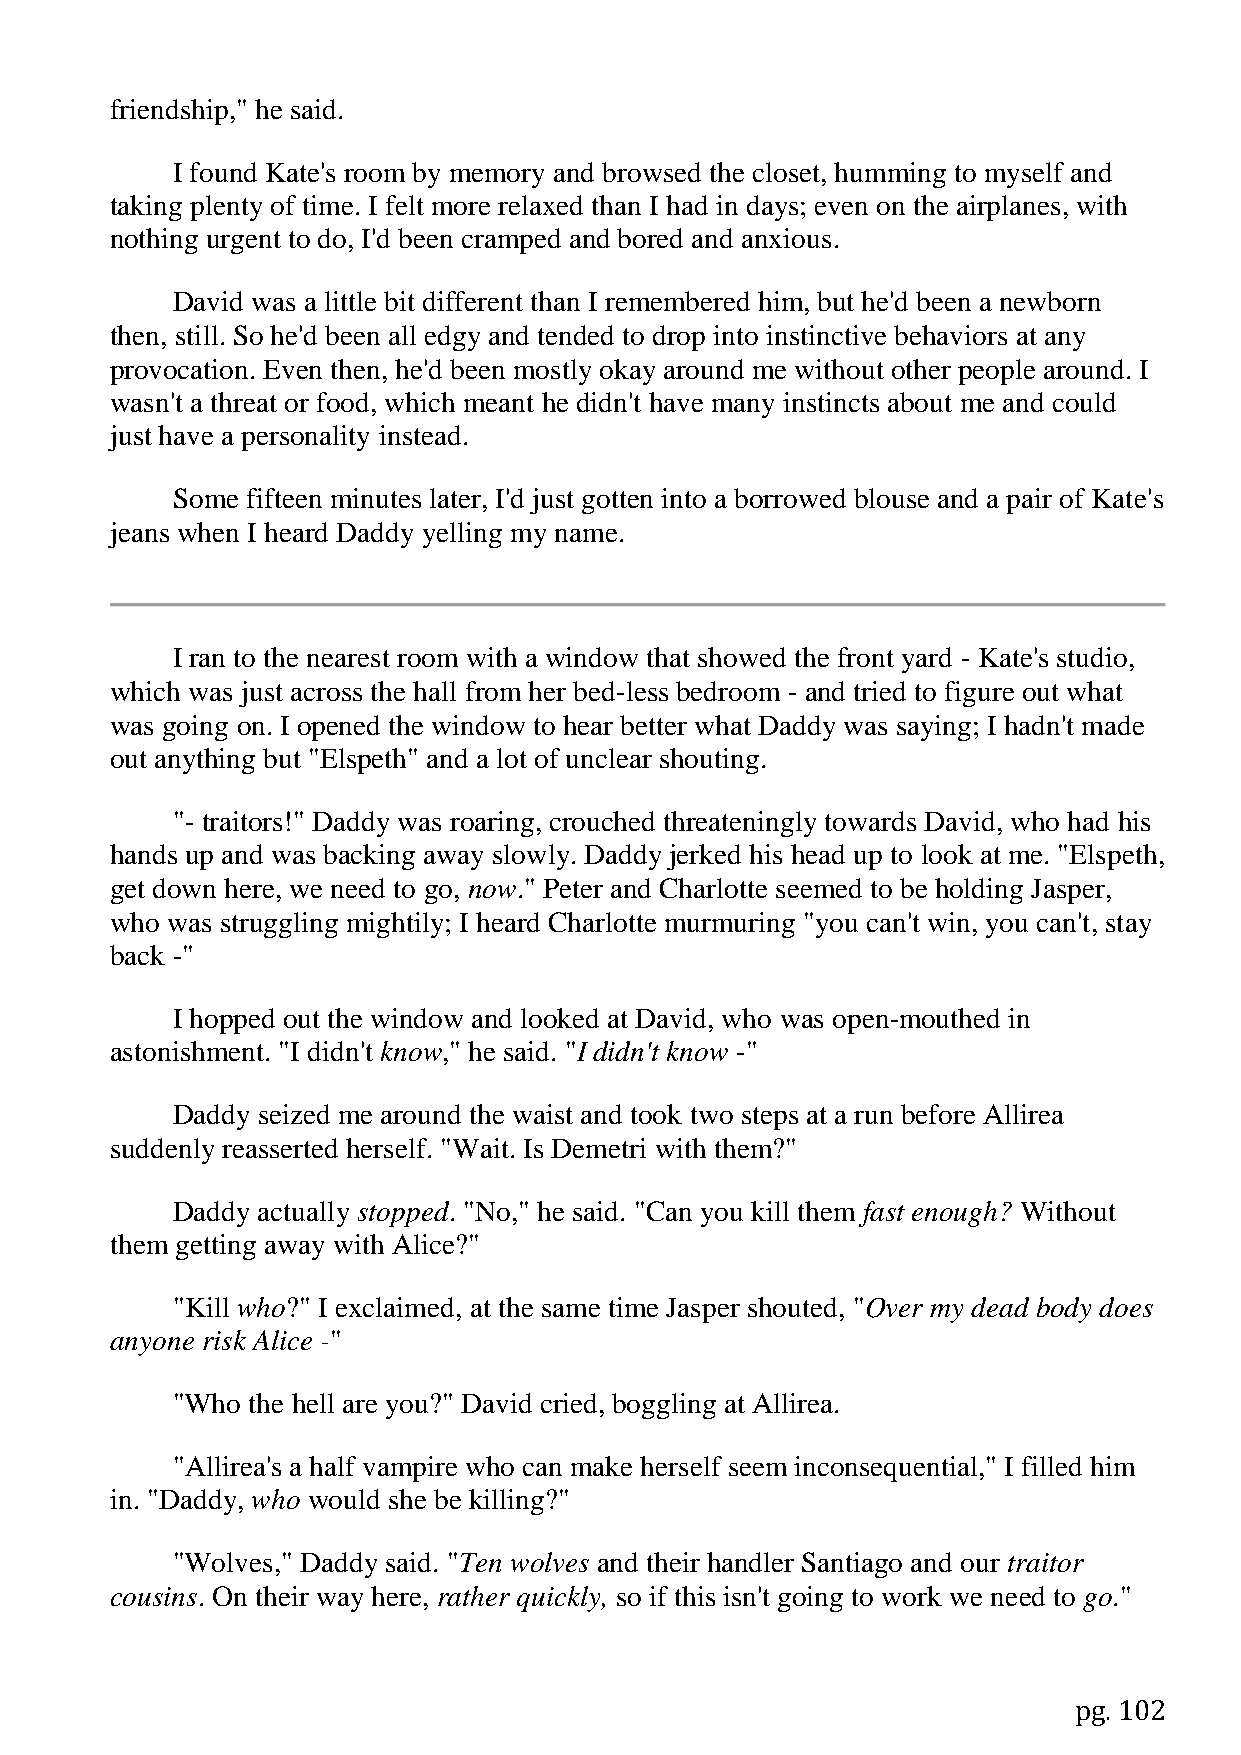
friendship," he said.
 I found Kate's room by memory and browsed the closet, humming to myself and
 taking plenty of time. I felt more relaxed than I had in days; even on the airplanes, with
 nothing urgent to do, I'd been cramped and bored and anxious.
 David was a little bit different than I remembered him, but he'd been a newborn
 then, still. So he'd been all edgy and tended to drop into instinctive behaviors at any
 provocation. Even then, he'd been mostly okay around me without other people around. I
 wasn't a threat or food, which meant he didn't have many instincts about me and could
 just have a personality instead.
 Some fifteen minutes later, I'd just gotten into a borrowed blouse and a pair of Kate's
 jeans when I heard Daddy yelling my name.
 I ran to the nearest room with a window that showed the front yard - Kate's studio,
 which was just across the hall from her bed-less bedroom - and tried to figure out what
 was going on. I opened the window to hear better what Daddy was saying; I hadn't made
 out anything but "Elspeth" and a lot of unclear shouting.
 "- traitors!" Daddy was roaring, crouched threateningly towards David, who had his
 hands up and was backing away slowly. Daddy jerked his head up to look at me. "Elspeth,
 get down here, we need to go, now." Peter and Charlotte seemed to be holding Jasper,
 who was struggling mightily; I heard Charlotte murmuring "you can't win, you can't, stay
 back -"
 I hopped out the window and looked at David, who was open-mouthed in
 astonishment. "I didn't know," he said. "I didn't know -"
 Daddy seized me around the waist and took two steps at a run before Allirea
 suddenly reasserted herself. "Wait. Is Demetri with them?"
 Daddy actually stopped. "No," he said. "Can you kill them fast enough? Without
 them getting away with Alice?"
 "Kill who?" I exclaimed, at the same time Jasper shouted, "Over my dead body does
 anyone risk Alice -"
 "Who the hell are you?" David cried, boggling at Allirea.
 "Allirea's a half vampire who can make herself seem inconsequential," I filled him
 in. "Daddy, who would she be killing?"
 "Wolves," Daddy said. "Ten wolves and their handler Santiago and our traitor
 cousins. On their way here, rather quickly, so if this isn't going to work we need to go."
 pg. 102